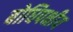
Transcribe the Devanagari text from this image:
बोधिपक्षीय